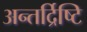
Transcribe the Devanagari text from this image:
अन्तर्द्रिष्टि